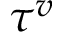
\tau ^ { v }